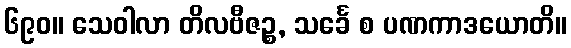
၆၉၀။ သေဝါလာ တိလဗီဇဉ္စ, သင်္ခေ စ ပဏကာဒယောတိ။